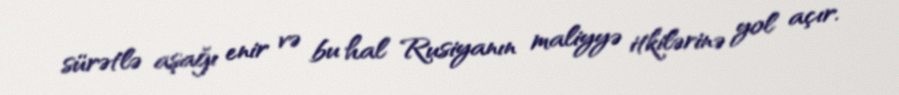
sürətlə aşağı enir və bu hal Rusiyanın maliyyə itkilərinə yol açır.